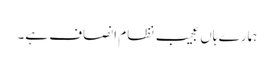
ہمارے ہاں عجیب نظام انصاف ہے۔